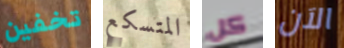
تخفين المتسكع كل الآن